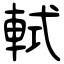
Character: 軾